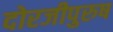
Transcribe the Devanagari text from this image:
दोरजीपुरुष